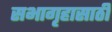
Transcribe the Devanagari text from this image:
सभागृहासाठी